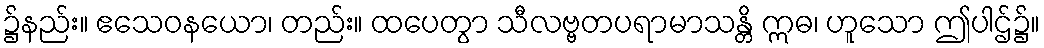
၌နည်း။ ဧသေဝနယော၊ တည်း။ ထပေတွာ သီလဗ္ဗတပရာမာသန္တိ ဣဓ၊ ဟူသော ဤပါဌ်၌။